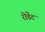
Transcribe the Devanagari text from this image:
रोडेंट